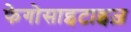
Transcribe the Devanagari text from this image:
फेगोसाइटाइज़